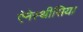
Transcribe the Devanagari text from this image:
ऐनेस्थीसिया